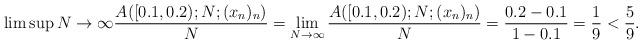
LaTeX: \begin{align*} \limsup{N \to \infty}{\frac{A([0.1,0.2); N; (x_n)_n)}{N}} = \lim_{N \to \infty}{\frac{A([0.1,0.2); N; (x_n)_n)}{N}} = \frac{0.2 - 0.1}{1 - 0.1} = \frac{1}{9} < \frac{5}{9}. \end{align*}